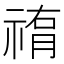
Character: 𥛂